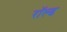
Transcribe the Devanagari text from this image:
रॉल्‍ड